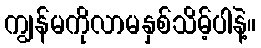
ကျွန်မကိုလာမနှစ်သိမ့်ပါနဲ့။